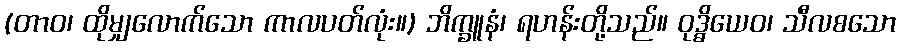
(တာဝ၊ ထိုမျှလောက်သော ကာလပတ်လုံး။) ဘိက္ခူနံ၊ ရဟန်းတို့သည်။ ဝုဒ္ဓိယေဝ၊ သီလစသော